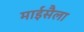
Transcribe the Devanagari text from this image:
माईसैला